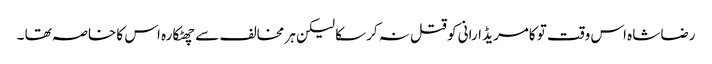
رضا شاہ اس وقت تو کامریڈ ارانی کو قتل نہ کرسکا لیکن ہر مخالف سے چھٹکارہ اس کا خاصہ تھا ۔